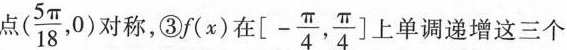
点 $$(\frac{5 \pi}{18},0)$$ 对称，③f(x)在$$[ - \frac{\pi}{4}, \frac{\pi}{4}\right]$$ 上单调递增这三个